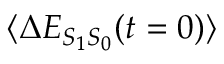
\langle \Delta E _ { S _ { 1 } S _ { 0 } } ( t = 0 ) \rangle